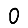
Digit: 0